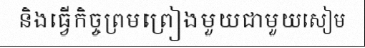
និងធ្វើកិច្ចព្រមព្រៀងមួយជាមួយសៀម